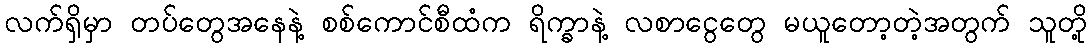
လက်ရှိမှာ တပ်တွေအနေနဲ့ စစ်ကောင်စီထံက ရိက္ခာနဲ့ လစာငွေတွေ မယူတော့တဲ့အတွက် သူတို့